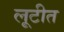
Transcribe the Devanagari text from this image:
लूटीत